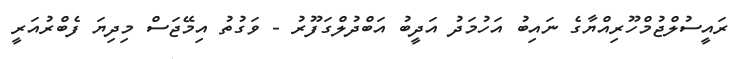
ރައީސުލްޖުމްހޫރިއްޔާގެ ނައިބު އަހުމަދު އަދީބު އަބްދުލްގަފޫރު - ވަގުތު އިމޭޖަސް މިދިޔަ ފެބްރުއަރީ